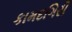
કામદગિરી